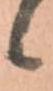
候